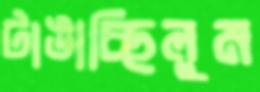
টাঙাচ্ছিলুম